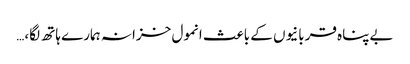
بےپناہ قربانیوں کے باعث انمول خزانہ ہمارے ہاتھ لگا،…